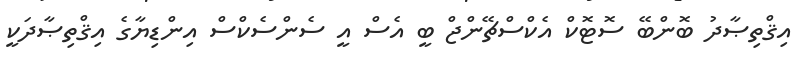
އިޤްތިޞާދު ބޮންބޭ ސޮޓޮކް އެކްސްޗޭންޖް ބީ އެސް އީ ސެންސެކްސް އިންޑިޔާގެ އިޤްތިޞާދަކީ